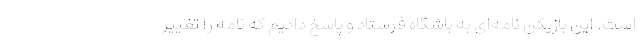
است. این بازیکن نامه‌ای به باشگاه فرستاد و پاسخ دادیم که نامه را تغییر